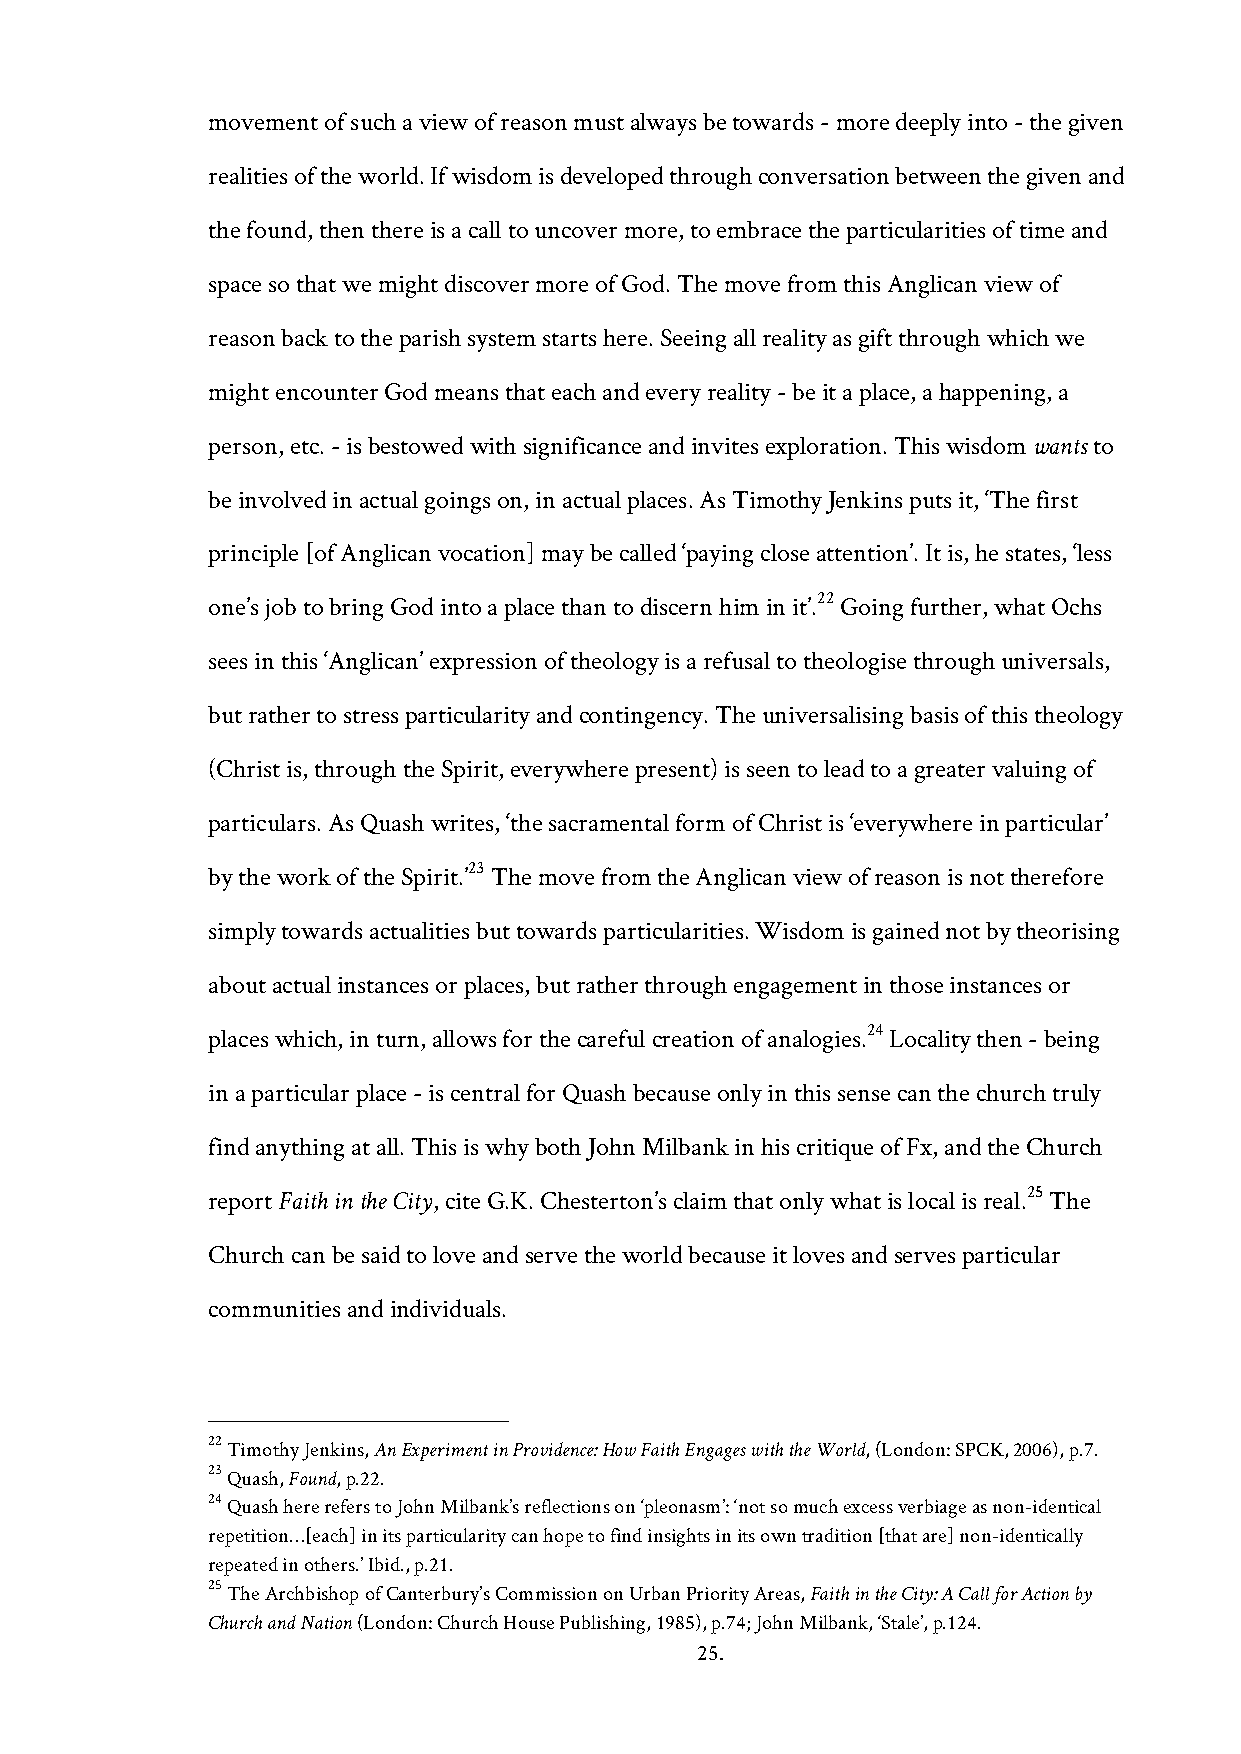
movement of such a view of reason must always be towards - more deeply into - the given
 realities of the world. If wisdom is developed through conversation between the given and
 the found, then there is a call to uncover more, to embrace the particularities of time and
 space so that we might discover more of God. The move from this Anglican view of
 reason back to the parish system starts here. Seeing all reality as gift through which we
 might encounter God means that each and every reality - be it a place, a happening, a
 person, etc. - is bestowed with significance and invites exploration. This wisdom wants to
 be involved in actual goings on, in actual places. As Timothy Jenkins puts it, ‘The first
 principle [of Anglican vocation] may be called ‘paying close attention’. It is, he states, ‘less
 22
 one’s job to bring God into a place than to discern him in it’. Going further, what Ochs
 sees in this ‘Anglican’ expression of theology is a refusal to theologise through universals,
 but rather to stress particularity and contingency. The universalising basis of this theology
 (Christ is, through the Spirit, everywhere present) is seen to lead to a greater valuing of
 particulars. As Quash writes, ‘the sacramental form of Christ is ‘everywhere in particular’
 23
 by the work of the Spirit.’ The move from the Anglican view of reason is not therefore
 simply towards actualities but towards particularities. Wisdom is gained not by theorising
 about actual instances or places, but rather through engagement in those instances or
 24
 places which, in turn, allows for the careful creation of analogies. Locality then - being
 in a particular place - is central for Quash because only in this sense can the church truly
 find anything at all. This is why both John Milbank in his critique of Fx, and the Church
 report Faith in the City, cite G.K. Chesterton’s claim that only what is local is real.25 The
 Church can be said to love and serve the world because it loves and serves particular
 communities and individuals.
 22 Timothy Jenkins, An Experiment in Providence: How Faith Engages with the World, (London: SPCK, 2006), p.7.
 23 Quash, Found, p.22.
 24 Quash here refers to John Milbank’s reflections on ‘pleonasm’: ‘not so much excess verbiage as non-identical
 repetition…[each] in its particularity can hope to find insights in its own tradition [that are] non-identically
 repeated in others.’ Ibid., p.21.
 25 The Archbishop of Canterbury’s Commission on Urban Priority Areas, Faith in the City: A Call for Action by
 Church and Nation (London: Church House Publishing, 1985), p.74; John Milbank, ‘Stale’, p.124.
 25.